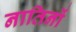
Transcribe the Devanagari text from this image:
नातिनों